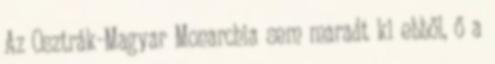
Az Osztrák-Magyar Monarchia sem maradt ki ebből, ő a